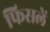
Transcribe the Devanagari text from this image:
फिसलें